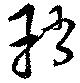
矟